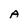
Character: A